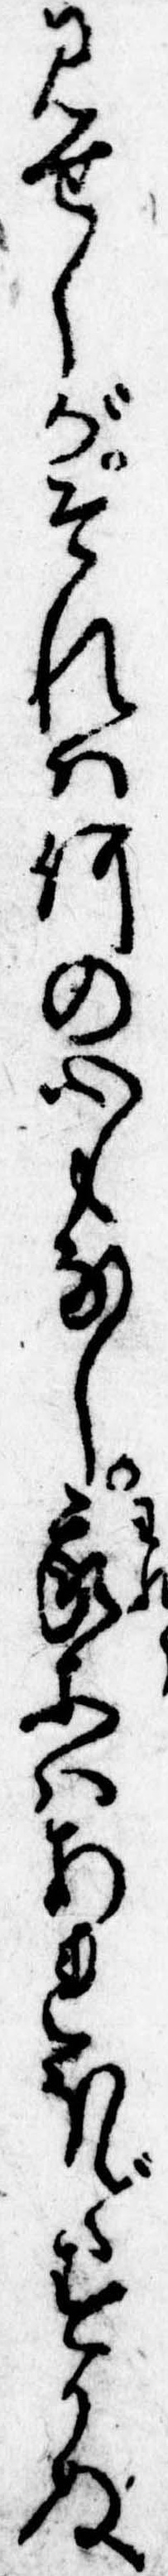
見せしがそれは何の心もなし我等はあれほどすかぬ